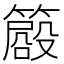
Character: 𥳨